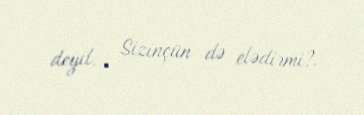
deyil... Sizinçün də elədirmi?.